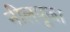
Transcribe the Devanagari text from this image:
नीलपूजा